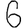
Digit: 6